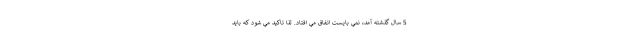
5 سال گذشته آمد، نمي بايست اتفاق مي افتاد. لذا تاكيد مي شود كه بايد